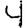
Digit: 4